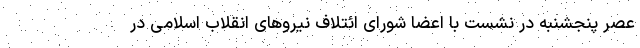
عصر پنجشنبه در نشست با اعضا شورای ائتلاف نیروهای انقلاب اسلامی در